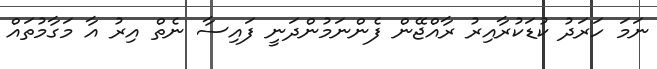
ނަމަ ހަރަދު ކުޑަކުރާއިރު ރާއްޖޭން ފެންނަމުންދަނީ ފައިސާ ނެތް އިރު އާ މަގާމުތައް